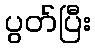
ပွတ်ပြီး